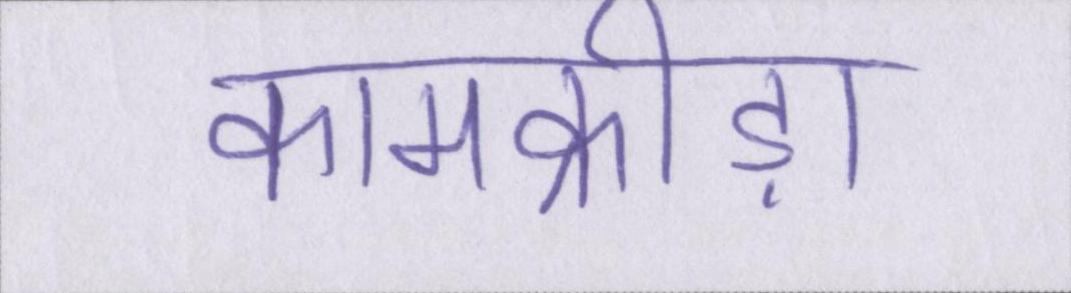
कामक्रीड़ा